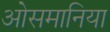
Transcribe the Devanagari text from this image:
ओसमानिया